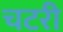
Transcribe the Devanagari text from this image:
चटरी